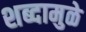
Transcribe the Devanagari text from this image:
शब्दामुळे